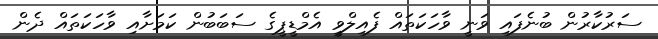
ސަރުކާރުން ބުނެފައި ވަނީ ވާހަކަތައް ފެއިލްވީ އެމްޑީޕީގެ ސަބަބުން ކަމަށާއި ވާހަކަތައް ދެން